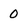
Character: 0